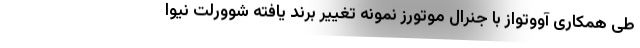
طی همکاری آووتواز با جنرال موتورز نمونه تغییر برند یافته شوورلت نیوا